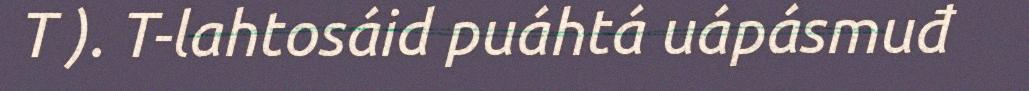
T ). T-lahtosáid puáhtá uápásmuđ